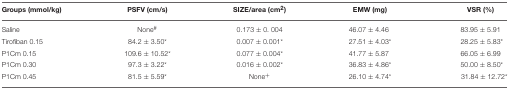
<table><thead><tr><td><b>Groups (mmol/kg)</b></td><td><b>PSFV (cm/s)</b></td><td><b>SIZE/area (cm<sup>2</sup>)</b></td><td><b>EMW (mg)</b></td><td><b>VSR (%)</b></td></tr></thead><tbody><tr><td>Saline</td><td>None<sup>#</sup></td><td>0.173 ± 0. 004</td><td>46.07 ± 4.46</td><td>83.95 ± 5.91</td></tr><tr><td>Tirofiban 0.15</td><td>84.2 ± 3.50<sup>*</sup></td><td>0.007 ± 0.001<sup>*</sup></td><td>27.51 ± 4.03<sup>*</sup></td><td>28.25 ± 5.83<sup>*</sup></td></tr><tr><td>P1Cm 0.15</td><td>109.6 ± 10.52<sup>*</sup></td><td>0.077 ± 0.004<sup>*</sup></td><td>41.77 ± 5.87</td><td>66.05 ± 6.99</td></tr><tr><td>P1Cm 0.30</td><td>97.3 ± 3.22<sup>*</sup></td><td>0.016 ± 0.002<sup>*</sup></td><td>36.83 ± 4.86<sup>*</sup></td><td>50.00 ± 8.50<sup>*</sup></td></tr><tr><td>P1Cm 0.45</td><td>81.5 ± 5.59<sup>*</sup></td><td>None<sup>+</sup></td><td>26.10 ± 4.74<sup>*</sup></td><td>31.84 ± 12.72<sup>*</sup></td></tr></tbody></table>